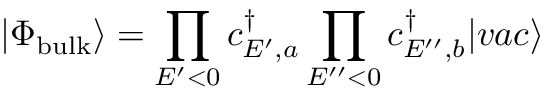
| \Phi _ { \mathrm { { b u l k } } } \rangle = \prod _ { E ^ { \prime } < 0 } c _ { E ^ { \prime } , a } ^ { \dagger } \prod _ { E ^ { \prime \prime } < 0 } c _ { E ^ { \prime \prime } , b } ^ { \dagger } | v a c \rangle